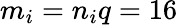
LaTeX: m_{i}=n_{i}q=16